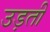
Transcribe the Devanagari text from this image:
उड़तीं